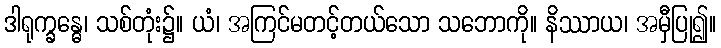
ဒါရုက္ခန္ဓေ၊ သစ်တုံး၌။ ယံ၊ အကြင်မတင့်တယ်သော သဘောကို။ နိဿာယ၊ အမှီပြု၍။